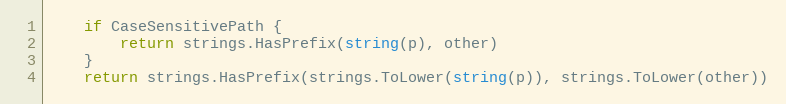
Language: Go
	if CaseSensitivePath {
		return strings.HasPrefix(string(p), other)
	}
	return strings.HasPrefix(strings.ToLower(string(p)), strings.ToLower(other))